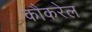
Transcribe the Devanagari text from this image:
कौकरेल